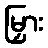
မြှား